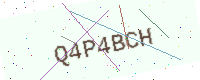
Text: Q4P4BCH